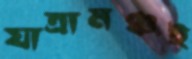
যাত্রামঞ্চই